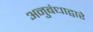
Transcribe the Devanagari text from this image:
अनुबंधाद्वारे